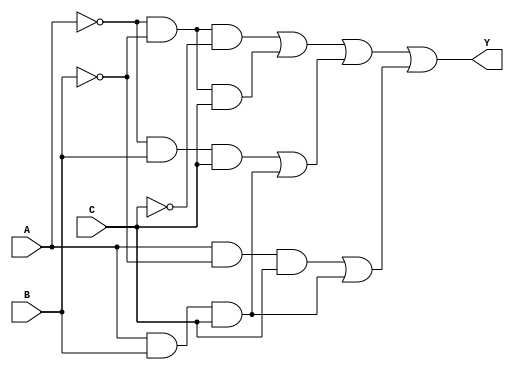
module combinational_logic (
    input wire A,    // Input variable A
    input wire B,    // Input variable B
    input wire C,    // Input variable C
    output wire Y    // Output variable Y
);

// Define the essential prime implicants (derived from the Karnaugh Map or minimization)
wire p1; // Covers minterms 0 (000), 1 (001)
wire p2; // Covers minterms 2 (010), 6 (110)
wire p3; // Covers minterms 5 (101), 7 (111)

// Assigning outputs for the prime implicants
assign p1 = (~A & ~B & ~C) | (~A & ~B & C);  // Represents minterms 0, 1
assign p2 = (~A & B & C) | (A & B & C);      // Represents minterms 2, 6
assign p3 = (A & ~B & C) | (A & B & C);      // Represents minterms 5, 7

// Final output logic using OR gates for essential prime implicants 
assign Y = p1 | p2 | p3;  // Output is high if any essential prime implicant is active

endmodule